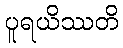
ပူရယိဿတိ